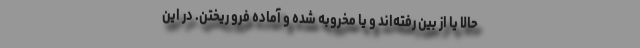
حالا یا از بین رفته‌اند و یا مخروبه شده و آماده فرو ریختن. در این